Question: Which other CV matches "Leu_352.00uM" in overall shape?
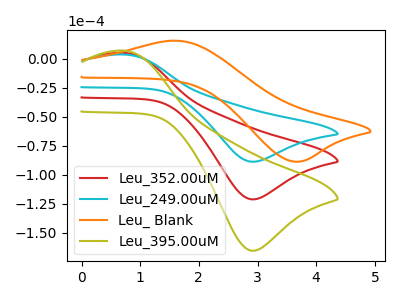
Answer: <think>The red curve "Leu_352.00uM" has an anodic peak at (0.75V, 5.20uA) and a cathodic peak at (2.90V, -121.25uA). The cyan curve "Leu_249.00uM" has an anodic peak at (0.75V, 3.80uA) and a cathodic peak at (2.90V, -88.75uA). The orange curve "Leu_ Blank" has an anodic peak at (1.60V, 15.80uA) and a cathodic peak at (3.65V, -88.70uA). The olive curve "Leu_395.00uM" has an anodic peak at (0.75V, 10.40uA) and a cathodic peak at (2.90V, -242.55uA).
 All the peaks in "Leu_352.00uM" have a peak in "Leu_249.00uM" at the same potential. Every peak in "Leu_352.00uM" is higher than every peak in "Leu_249.00uM". "Leu_352.00uM" and "Leu_ Blank" have at least one peak that do not match. All the peaks in "Leu_352.00uM" have a peak in "Leu_395.00uM" at the same potential. Every peak in "Leu_352.00uM" is lower than every peak in "Leu_395.00uM". "Leu_249.00uM" and "Leu_ Blank" have at least one peak that do not match. All the peaks in "Leu_249.00uM" have a peak in "Leu_395.00uM" at the same potential. Every peak in "Leu_249.00uM" is lower than every peak in "Leu_395.00uM". "Leu_ Blank" and "Leu_395.00uM" have at least one peak that do not match.</think>
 <answer>"Leu_352.00uM" and "Leu_395.00uM" have a similar shape to "Leu_249.00uM".</answer>
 <eval>"Leu_352.00uM" "Leu_395.00uM"</eval>